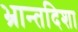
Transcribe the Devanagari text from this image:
भ्रान्तदिशा